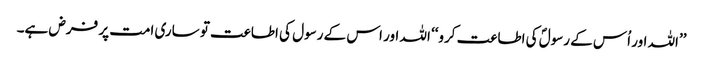
’’اللہ اور اُس کے رسولؐ کی اطاعت کرو‘‘ اللہ اور اس کے رسول کی اطاعت تو ساری امت پر فرض ہے۔